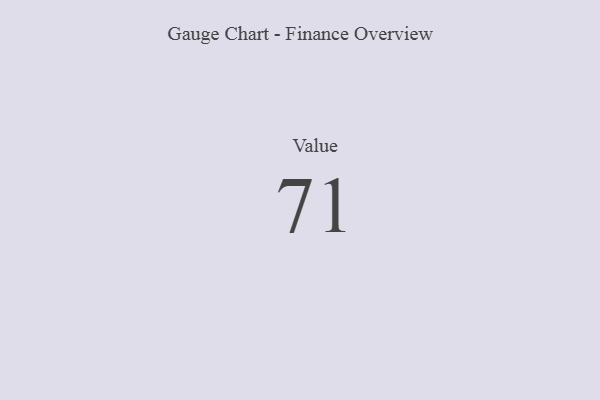
{"axis": {"x": "Metric", "y": "Value"}, "legend": [""], "data": [{"x": "Value", "y": 71, "type": ""}]}